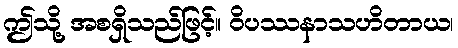
ဤသို့ အစရှိသည်ဖြင့်။ ဝိပဿနာသဟိတာယ၊